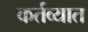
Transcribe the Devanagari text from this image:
कर्तव्यात